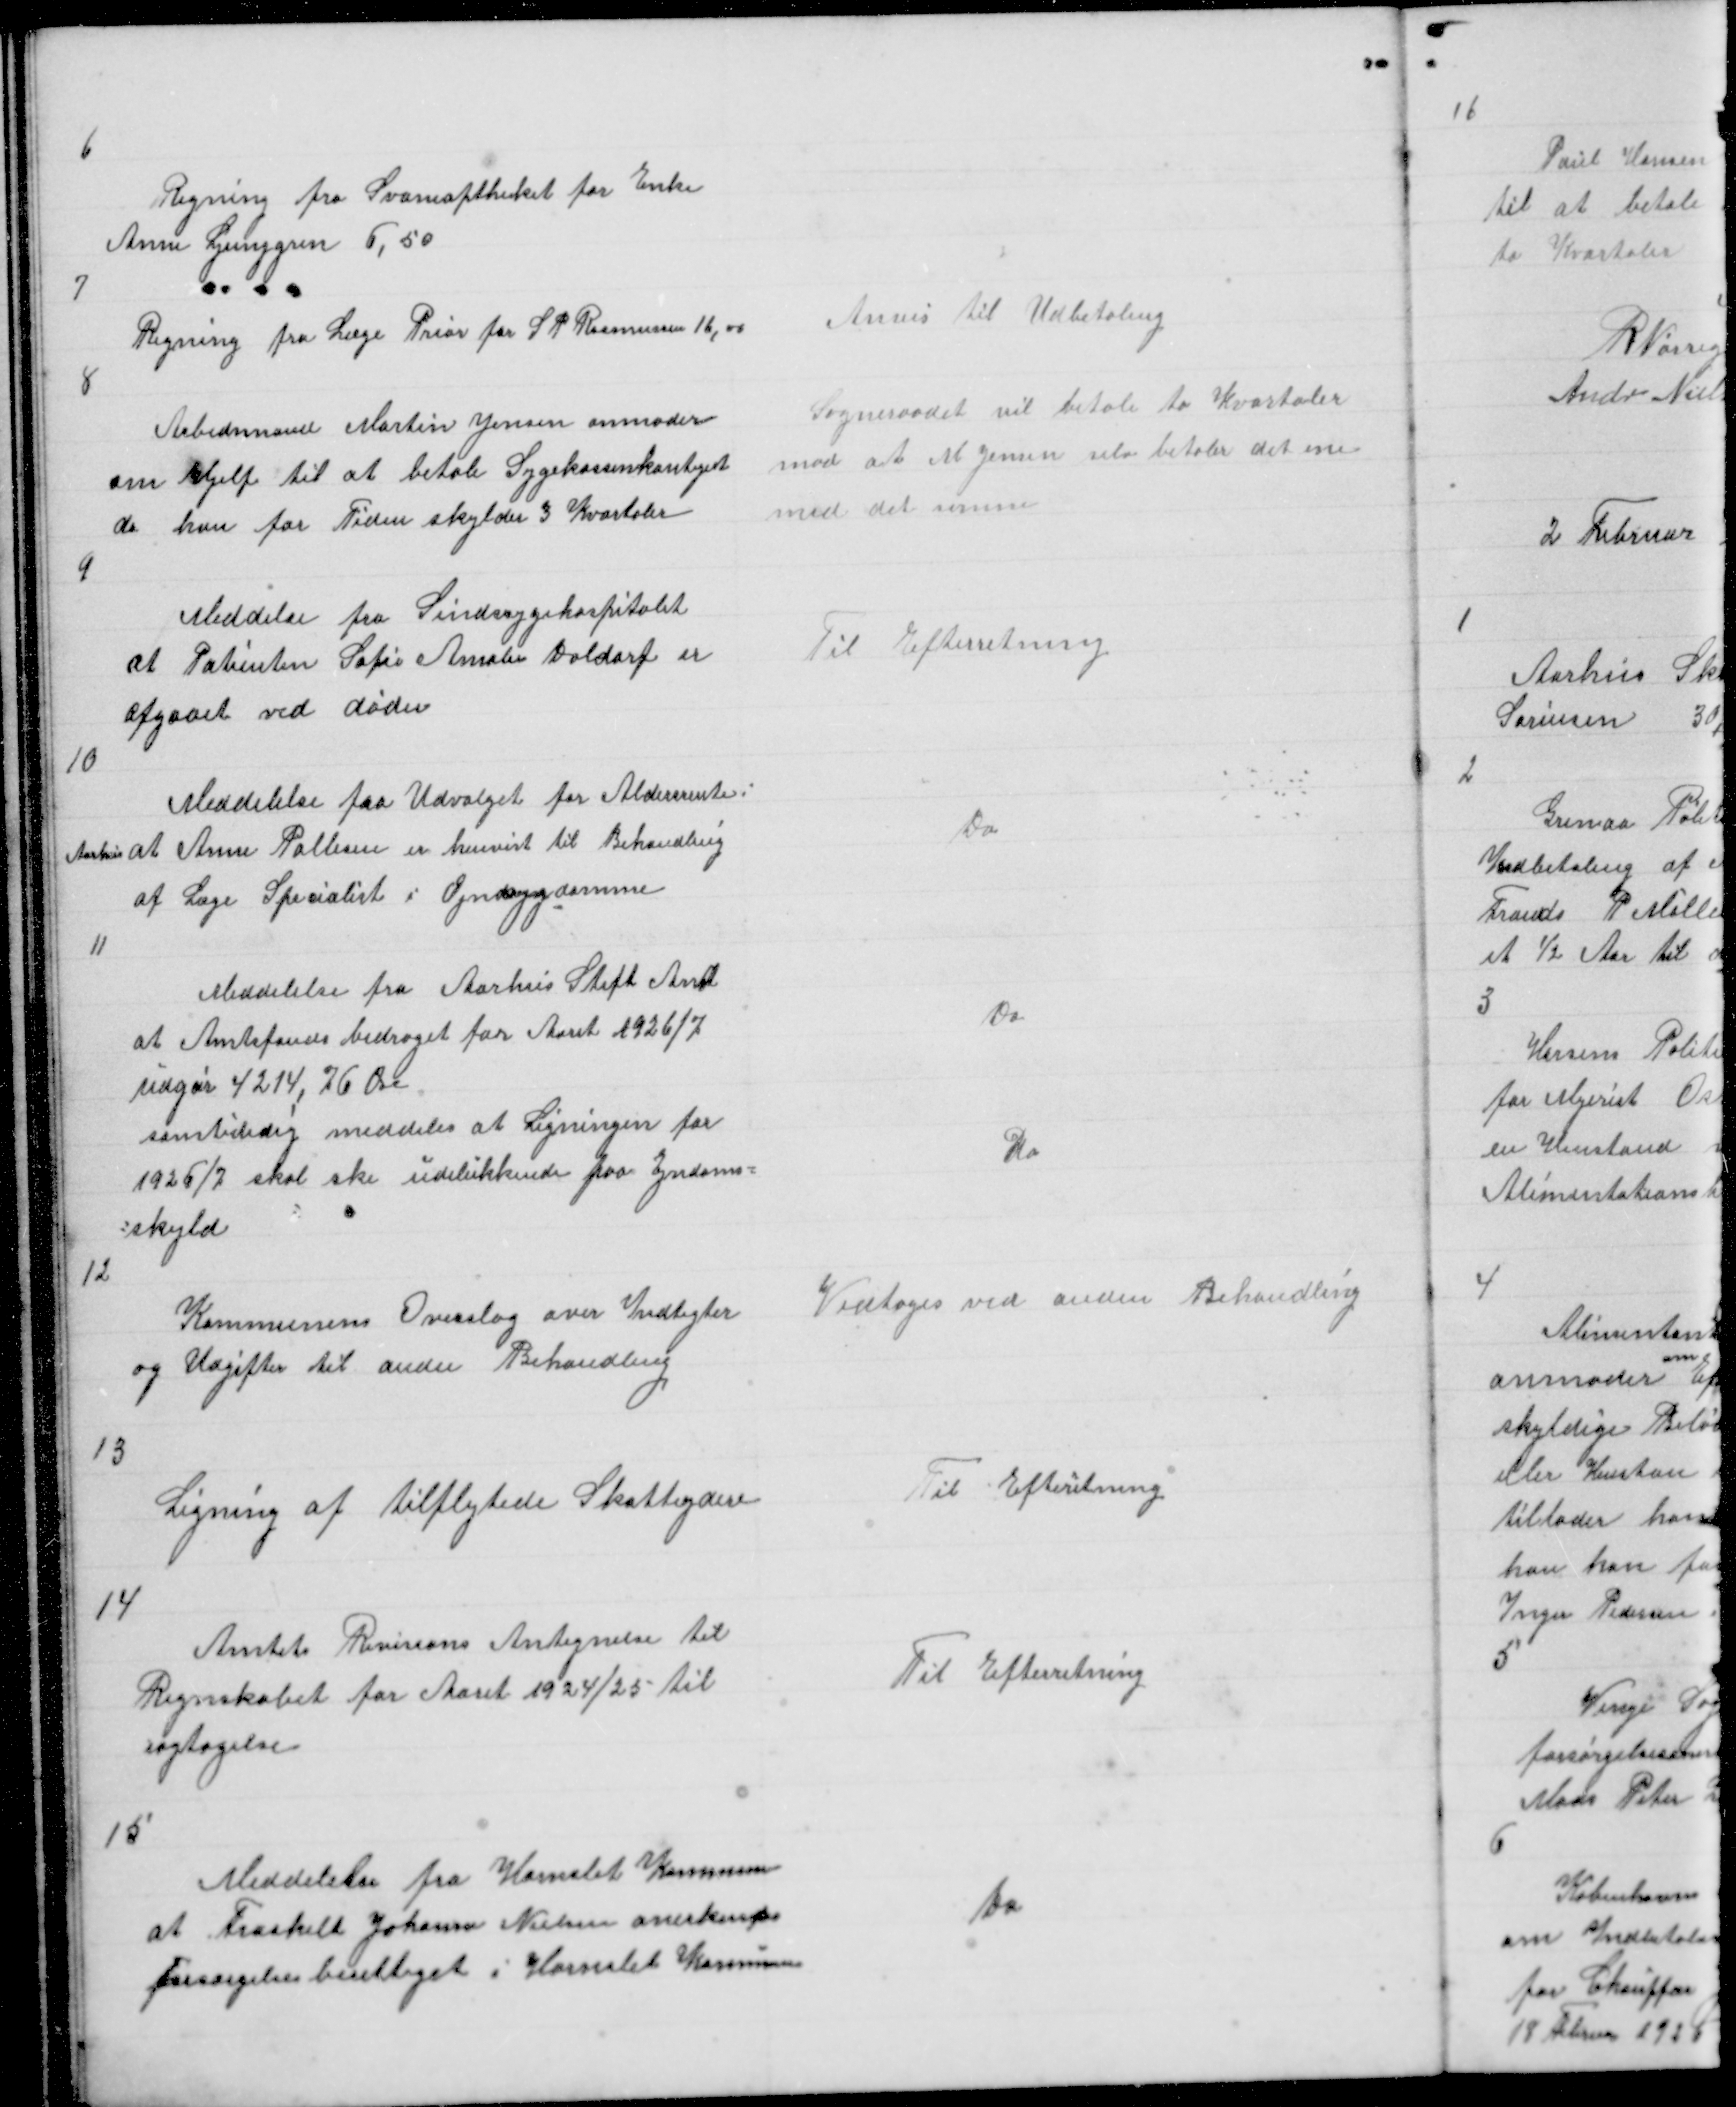
Transskription:
6

Regning fra Svaneaptheket for Enke
Anne Ljunggren 6,50

7

Regning fra Læge Prior for S P Rasmussen 16,00

Anvis til Udbetaling

8

Arbedsmand Martin Jensen anmoder
om Hjelp til at betale Sygekassekontigent
da han for Tiden skylder 3 Kvartaler

Sogneraadet vil betale to Kvartaler
mod at M Jensen selv betaler det ene
med det samme

9

Meddelelse fra Sindsygehospitalet
at Patienten Sofie Amalie Daldorf er
af gaaet ved Døden

Til Efterretning

10

Meddelelse fra Udvalget for Aldersrente i
Aarhus at Anne Pallesen er henvist til Behandling
af Læge Specialist i Øjnsygdomme

Do

11

Meddelelse fra Aarhus Stift Amt
at Amtsfondbidraget for Aaret 1926/7
udgør 4214,76 Øre
samtidig meddeles at Ligningen for
1926/7 skal ske udelukkende paa Ejndoms =
= skyld

Do

Do

12

Kommunens Overslag over Indtegter
og Udgifter til anden Behandling

Vedtoges ved anden Behandling

13

Ligning af tilflytede Skatteydere

Til Efterretning

14

Amtets Revisions Antegnelse til
Regnskabet for Aaret 1924/25 til
iagtagelse

Til Efterretning

15

Meddelelse fra Hornslet Kommune
at Fraskilt Johanne Nielsen anerkendes
forsørgelsesberettiget i Hornslet Kommune

Do